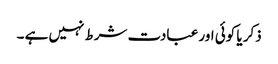
ذکر یا کوئی اور عبادت شرط نہیں ہے ۔